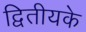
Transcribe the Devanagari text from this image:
द्वितीयके